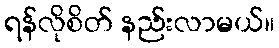
ရန်လိုစိတ် နည်းလာမယ်။